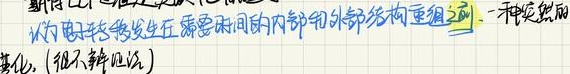
认为职转发生在需要耐用的内部和外部结构重组 ，一种突然的
变化。(很不辩证地)